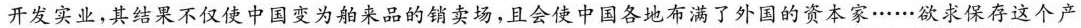
开发实业，其结果不仅使中国变为舶来品的销卖场，且会使中国各地布满了外国的资本家……欲求保存这个产